Vaccine operations Central Provinces 1886-1899 - 1886-1899
Year: 1886
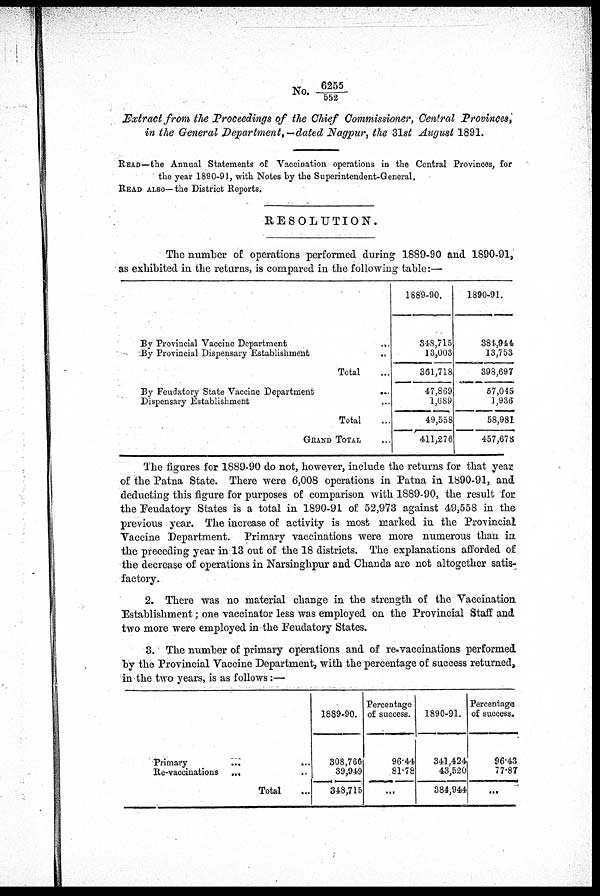
No. 6255/552
Extract from the Proceedings of the Chief Commissioner, Central Provinces,
in the General Department, —dated Nagpur, the 31st August 1891.
READ—the Annual Statements of Vaccination operations in the Central Provinces, for
the year 1890-91, with Notes by the Superintendent-General.
READ ALSO—the District Reports.
RESOLUTION.
The number of operations performed during 1889-90 and 1890-91,
as exhibited in the returns, is compared in the following table:—
By Provincial Vaccine
Department...
...
...
...
By Provincial Dispensary
Establishment...
...
...
Total... ... ...
By Feudatory State Vaccine
Department...
...
...
Dispensary Establishment... ... ...
Total... ... ...
GRAND TOTAL... ... ...
1889-90.
348,715
13,003
361,718
47,869
l,689
49,558
411,276
1890-91.
384,944
13,753
398,697
57,045
1,936
58,981
457,678
The figures for 1889-90 do not, however, include the returns for that year
of the Patna State. There were 6,008 operations in Patna in 1890-91, and
deducting this figure for purposes of comparison with 1889-90, the result for
the Feudatory States is a total in 1890-91 of 52,973 against 49,558 in the
previous year. The increase of activity is most marked in the Provincial
Vaccine Department. Primary vaccinations were more numerous than in
the preceding year in 13 out of the 18 districts. The explanations afforded of
the decrease of operations in Narsinghpur and Chanda are not altogether satis-
factory.
2. There was no material change in the strength of the Vaccination
Establishment; one vaccinator less was employed on the Provincial Staff and
two more were employed in the Feudatory States.
3. The number of primary operations and of re-vaccinations performed
by the Provincial Vaccine Department, with the percentage of success returned,
in the two years, is as follows :—
Primary
...
Re-vaccinations ...
Total.... ...
1889-90.
308,766
39,949
348,715
Percentage
of success.
96.44
81.78
...
1890-91.
341,424
43,520
384,944
Percentage
of success.
96.43
77.87
...